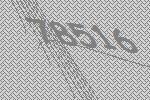
78516